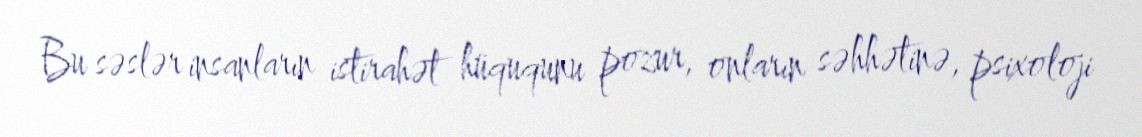
Bu səslər insanların istirahət hüququnu pozur, onların səhhətinə, psixoloji